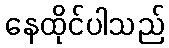
နေထိုင်ပါသည်